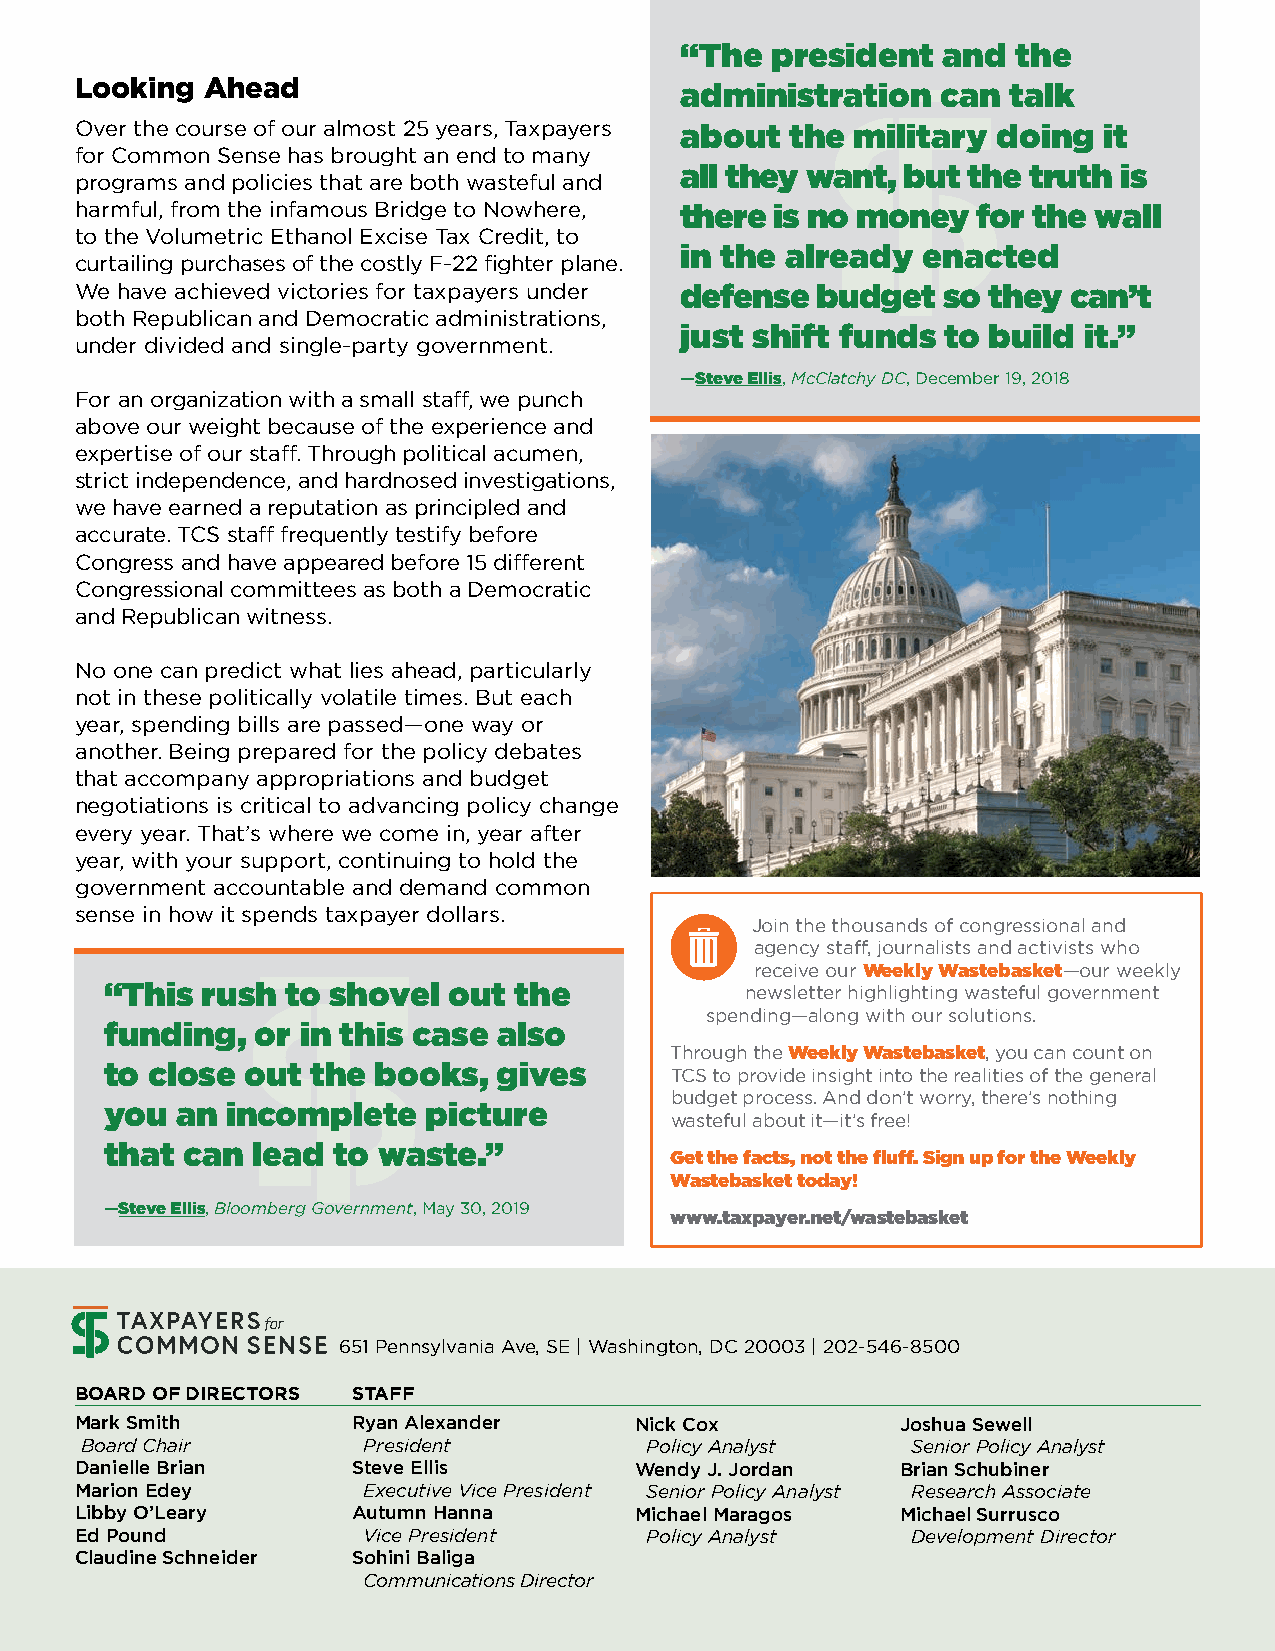
“The  president  and  the
 Looking Ahead                           administration   can  talk
 Over the course of our almost 25 years, Taxpayers about the military doing it
 for Common Sense has brought an end to many
 all they want, but the truth is
 programs and policies that are both wasteful and
 harmful, from the infamous Bridge to Nowhere, there is no money for the wall
 to the Volumetric Ethanol Excise Tax Credit, to
 in the already  enacted
 curtailing purchases of the costly F-22 fighter plane.
 We have achieved victories for taxpayers under defense budget so they can’t
 both Republican and Democratic administrations,
 just shift funds  to build it.”
 under divided and single-party government.
 —Steve Ellis, McClatchy DC, December 19, 2018
 For an organization with a small staff, we punch
 above our weight because of the experience and
 expertise of our staff. Through political acumen,
 strict independence, and hardnosed investigations,
 we have earned a reputation as principled and
 accurate. TCS staff frequently testify before
 Congress and have appeared before 15 different
 Congressional committees as both a Democratic
 and Republican witness.
 No one can predict what lies ahead, particularly
 not in these politically volatile times. But each
 year, spending bills are passed—one way or
 another. Being prepared for the policy debates
 that accompany appropriations and budget
 negotiations is critical to advancing policy change
 every year. That’s where we come in, year after
 year, with your support, continuing to hold the
 government accountable and demand common
 sense in how it spends taxpayer dollars.
 Join the thousands of congressional and
 agency staff, journalists and activists who
 receive our Weekly Wastebasket—our weekly
 “This rush  to shovel  out the            newsletter highlighting wasteful government
 spending—along with our solutions.
 funding,  or in this case also
 Through the Weekly Wastebasket, you can count on
 to close out  the books,  gives
 TCS to provide insight into the realities of the general
 budget process. And don’t worry, there’s nothing
 you  an incomplete   picture
 wasteful about it—it’s free!
 that can  lead to waste.”
 Get the facts, not the fluff. Sign up for the Weekly
 Wastebasket today!
 —Steve Ellis, Bloomberg Government, May 30, 2019
 www.taxpayer.net/wastebasket
 651 Pennsylvania Ave, SE | Washington, DC 20003 | 202-546-8500
 BOARD OF DIRECTORS STAFF
 Mark Smith        Ryan Alexander     Nick Cox          Joshua Sewell
 Board Chair        President          Policy Analyst   Senior Policy Analyst
 Danielle Brian    Steve Ellis        Wendy J. Jordan   Brian Schubiner
 Marion Edey        Executive Vice President Senior Policy Analyst Research Associate
 Libby O’Leary     Autumn Hanna       Michael Maragos   Michael Surrusco
 Ed Pound           Vice President     Policy Analyst   Development Director
 Claudine Schneider Sohini Baliga
 Communications Director